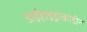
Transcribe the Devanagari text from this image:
डाईहाइड्रोकोडीन